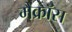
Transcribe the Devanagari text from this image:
मैक्रॉस